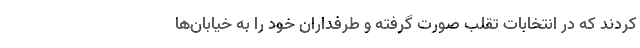
کردند که در انتخابات تقلب صورت گرفته و طرفداران خود را به خیابان‌ها